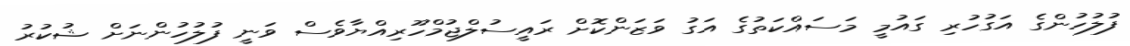
ފުލުހުންގެ އަގުހުރި ގައުމީ މަސައްކަތުގެ އަގު ވަޒަންކޮށް ރައީސުލްޖުމްހޫރިއްޔާވެސް ވަނީ ފުލުހުންނަށް ޝުކުރު